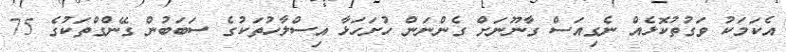
އެކަމަކު ވަގުތުކޮޅެއް ނެގިއަސް ގާނޫނަށް ގެންނަން ހުށަހަޅާ އިސްލާހުތަކުގެ ސަބަބުން ގޭންގްތަކުގެ 75